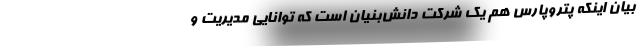
بیان اینکه پتروپارس هم یک شرکت دانش‌بنیان است که توانایی مدیریت و